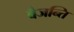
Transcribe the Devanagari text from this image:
वैजन्ति